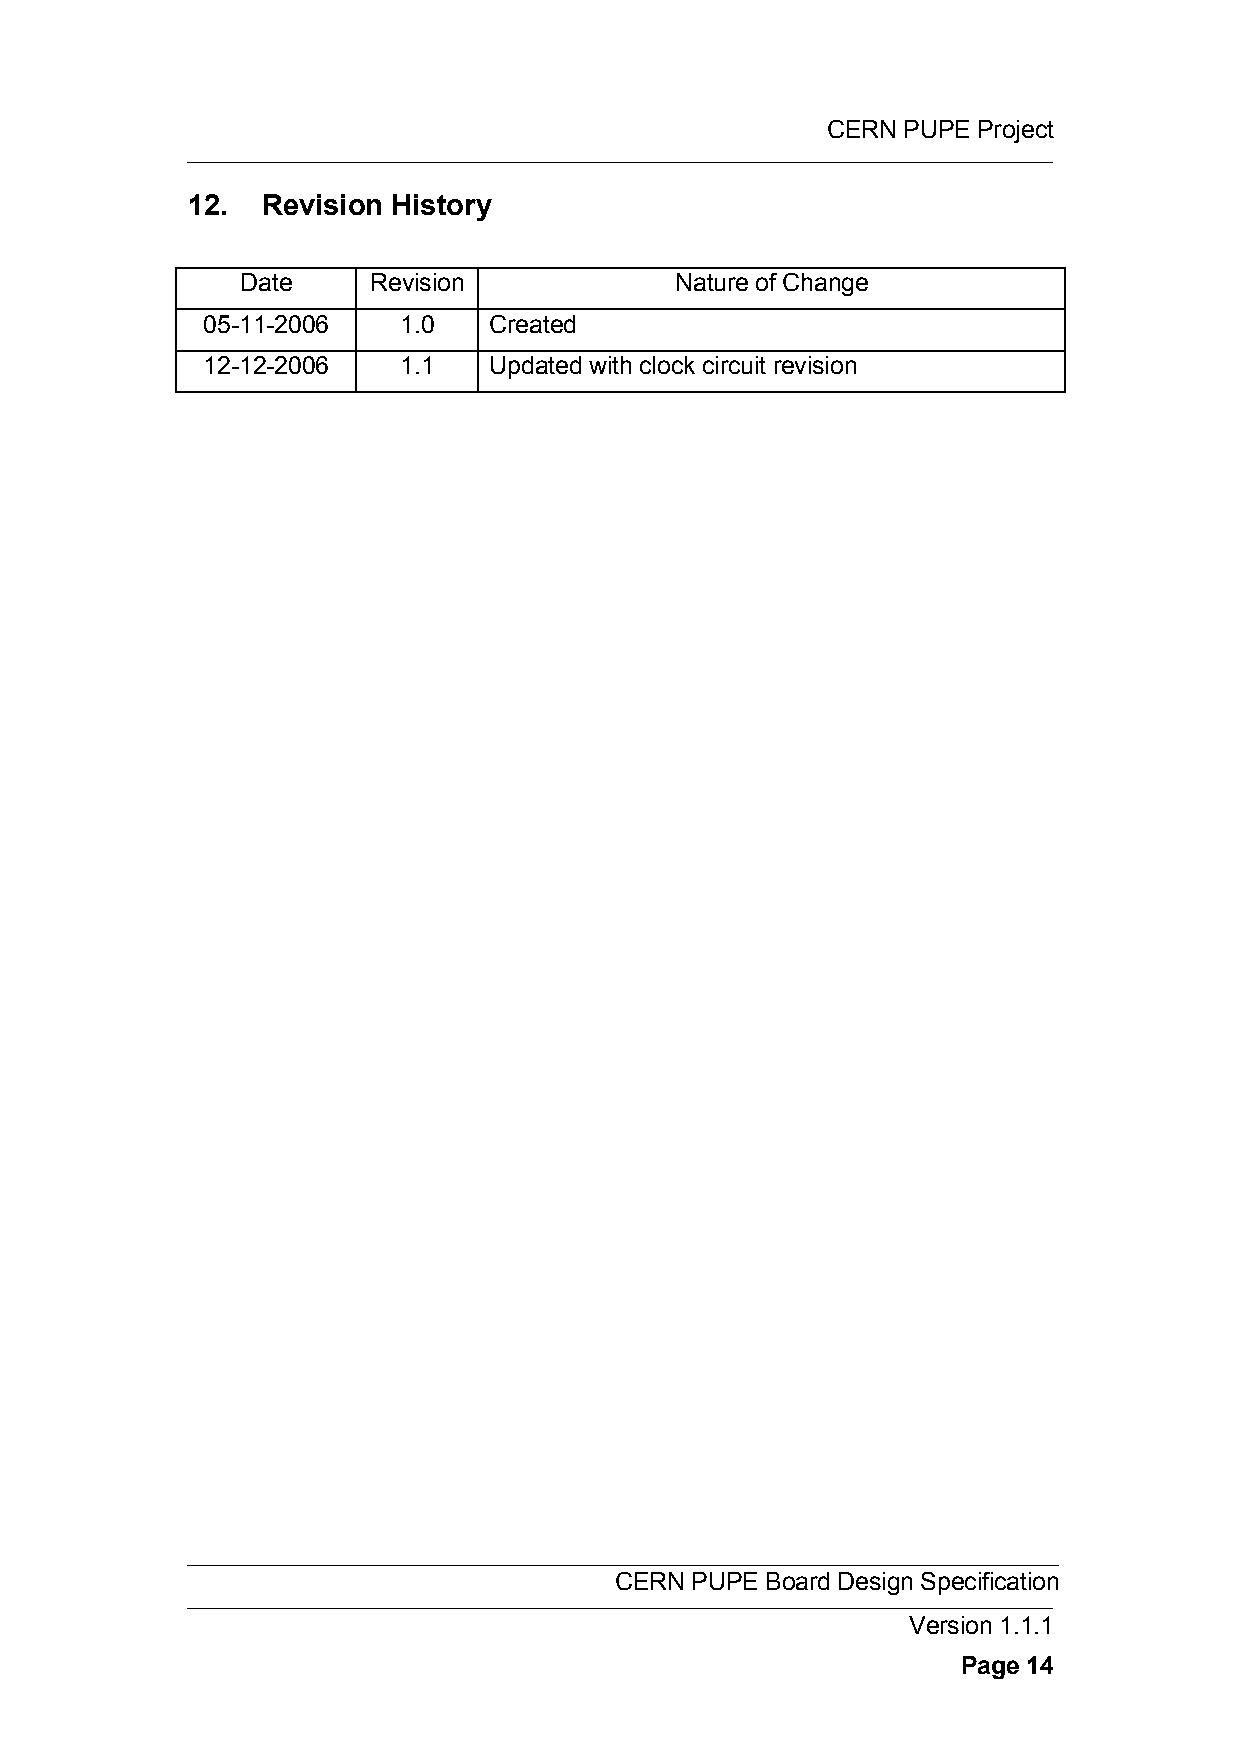
CERN PUPE Project
 12.  Revision History
 Date    Revision             Nature of Change
 05-11-2006   1.0   Created
 12-12-2006   1.1   Updated with clock circuit revision
 CERN PUPE Board Design Specification
 Version 1.1.1
 Page 14